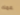
عمك